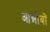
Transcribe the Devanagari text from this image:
आन्नोबों